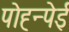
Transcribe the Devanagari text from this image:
पोह्न्पेई